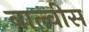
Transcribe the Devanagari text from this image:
वाल्वीस